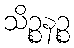
သိဉ္စနဉ္စ